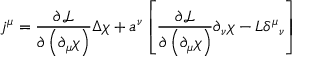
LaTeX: j ^ { \mu } = \frac { \partial { \mathcal { L } } } { \partial \left( \partial _ { \mu } \chi \right) } \Delta \chi + a ^ { \nu } \left[ \frac { \partial { \mathcal { L } } } { \partial \left( \partial _ { \mu } \chi \right) } \partial _ { \nu } \chi - { \cal L } \delta ^ { \mu } { } _ { \nu } \right]